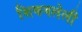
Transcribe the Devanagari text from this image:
शिकवलेली